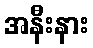
အနီးနား